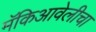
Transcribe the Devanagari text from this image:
मॅकिआवेलीचा